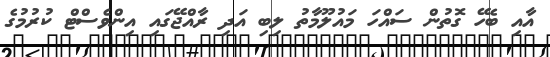
އާއި ބެހޭ ގޮތުން ސައްހަ މައުލޫމާތު ލިބި އަދި ރާއްޖޭގައި އިންވެސްޓް ކުރުމުގެ